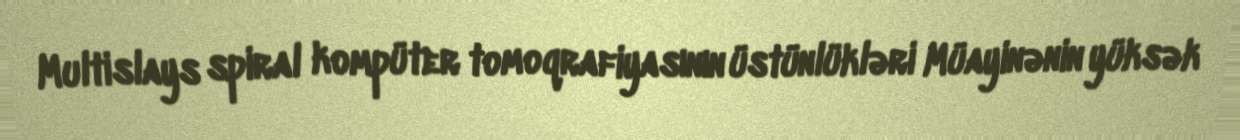
Multislays spiral kompüter tomoqrafiyasının üstünlükləri Müayinənin yüksək